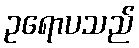
ဥရောပသည်